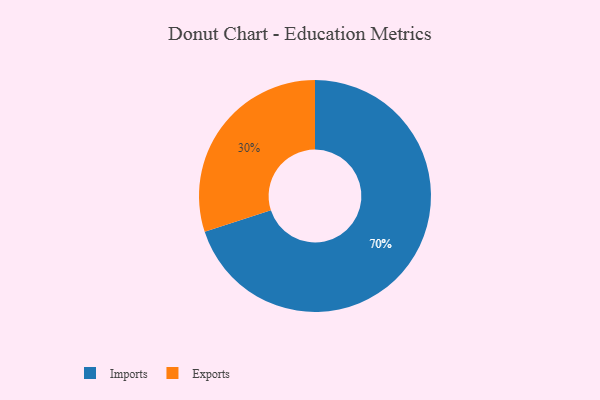
{"axis": {"x": "Category", "y": "Percentage"}, "legend": ["Exports", "Imports"], "data": [{"x": "Exports", "y": 30, "type": "Exports"}, {"x": "Imports", "y": 70, "type": "Imports"}]}